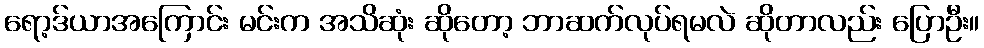
ရော့ဒ်ယာအကြောင်း မင်းက အသိဆုံး ဆိုတော့ ဘာဆက်လုပ်ရမလဲ ဆိုတာလည်း ပြောဦး။